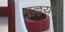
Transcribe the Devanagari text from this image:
मुल्लयर